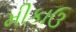
મીકાઉ